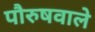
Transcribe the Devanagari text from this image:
पौरुषवाले